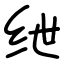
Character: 绁